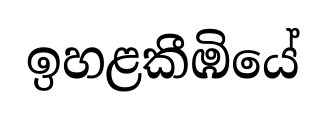
ඉහළකීඹියේ